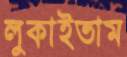
লুকাইতাম